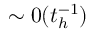
\sim 0 ( t _ { h } ^ { - 1 } )